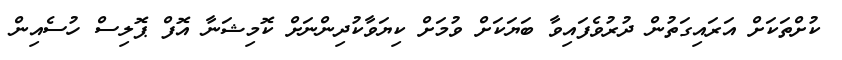
ކުށްތަކަށް އަރައިގަތުން ދުރުވެފައިވާ ބަޔަކަށް ވުމަށް ކިޔަވާކުދިންނަށް ކޮމިޝަނާ އޮފް ޕޮލިސް ހުސެއިން